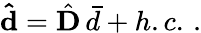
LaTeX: {\mathbf{\hat{d}}}={\hat{\mathbf D}}\, {\bar{d}}+h.c.\, .